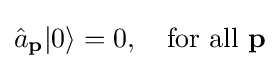
{\hat {a}}_{\mathbf {p} }|0\rangle =0,\quad {\text{for all }}\mathbf {p}